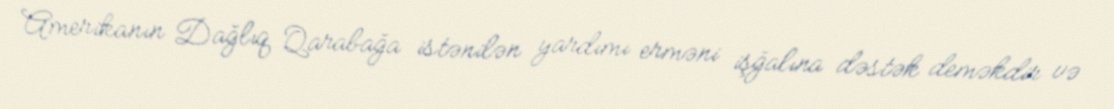
Amerikanın Dağlıq Qarabağa istənilən yardımı erməni işğalına dəstək deməkdir və